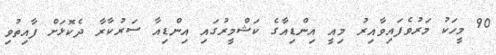
90 މީހަކު މަރުވެފައިވާއިރު މިއީ އިންޑިއާގެ ކަޝްމީރުގައި އިންޑިއާ ސަރުކާރާ ދެކޮޅަށް ފާއިތުވި